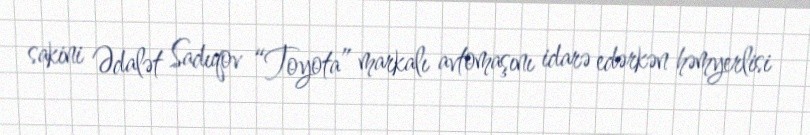
sakini Ədalət Sadıqov “Toyota” markalı avtomaşını idarə edərkən həmyerlisi